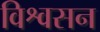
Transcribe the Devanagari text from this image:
विश्वसन